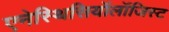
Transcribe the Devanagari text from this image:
एनेस्थिसियॉलॉजिस्ट